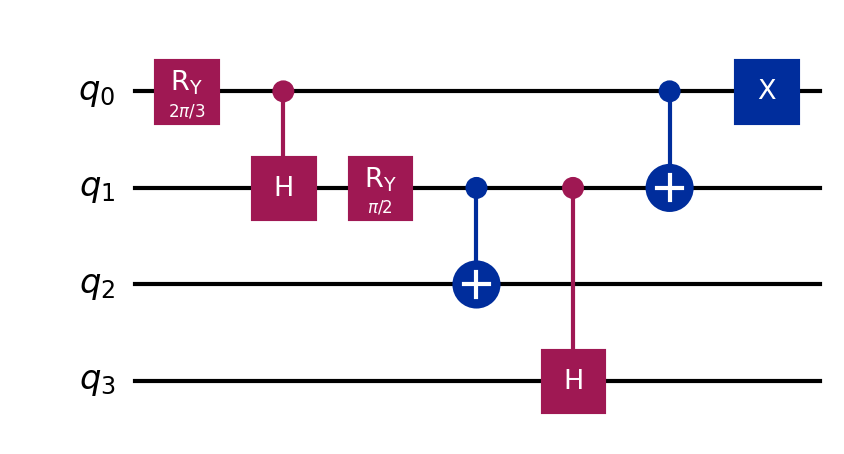
Description: W state preparation (4-qubit)
描述: W态制备（4量子比特）
Category: classical_algorithms (difficulty: advanced)
Qubits: 4, circuit depth: 11

Braket implementation:
import math
from braket.circuits import Circuit
circuit = Circuit()
circuit.ry(0, 2 * math.acos(0.5))
# controlled-H on q1
circuit.ry(1, math.pi / 4)
circuit.cnot(0, 1)
circuit.ry(1, -math.pi / 4)
circuit.cnot(0, 1)
circuit.ry(1, 2 * math.acos(1 / math.sqrt(2)))
circuit.cnot(1, 2)
# controlled-H on q3
circuit.ry(3, math.pi / 4)
circuit.cnot(1, 3)
circuit.ry(3, -math.pi / 4)
circuit.cnot(1, 3)
circuit.cnot(0, 1)
circuit.x(0)